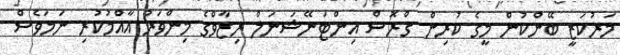
މަރުކަޒީ ބޭންކުން މީގެ ކުރިން ގްރޮސް އިންޓަނޭޝަނަލް ރިޒާވްގެ މިންވަރު އާއްމުކުރި ނަމަވެސް